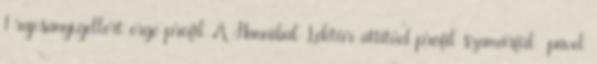
1 rajcsányi.gellért ergé profil A Hannibal Lektűr-attitűd profil szamárfül pável